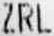
ZRL